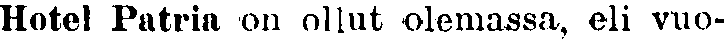
Hotel Patria on ollut olemassa, eli vuo-